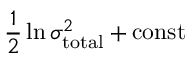
\frac { 1 } { 2 } \ln \sigma _ { \mathrm { t o t a l } } ^ { 2 } + \mathrm { c o n s t }